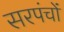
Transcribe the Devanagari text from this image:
सरपंचों